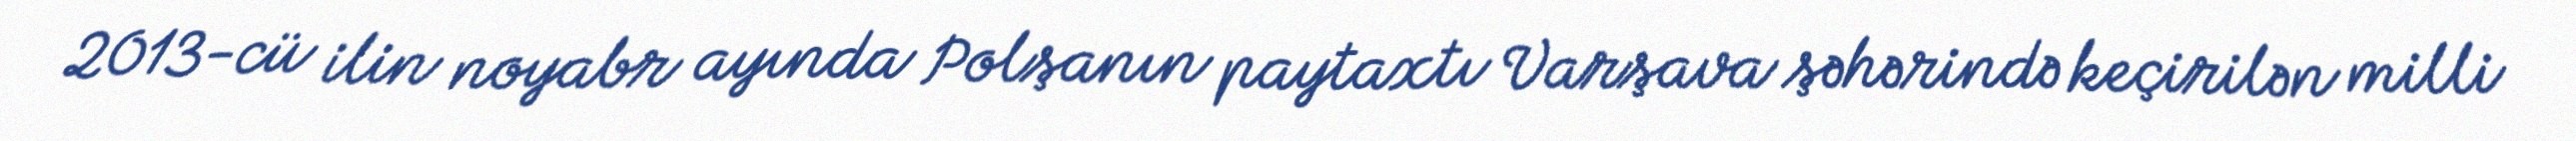
2013-cü ilin noyabr ayında Polşanın paytaxtı Varşava şəhərində keçirilən milli